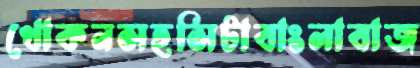
খোকনসহসিটাবাংলাবাজ